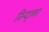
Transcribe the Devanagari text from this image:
रिन्द्लर